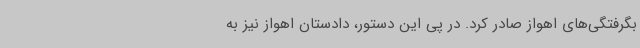
بگرفتگی‌های اهواز صادر کرد. در پی این دستور، دادستان اهواز نیز به